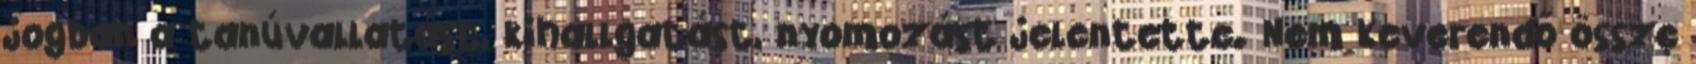
jogban a tanúvallatást, kihallgatást, nyomozást jelentette. Nem keverendő össze